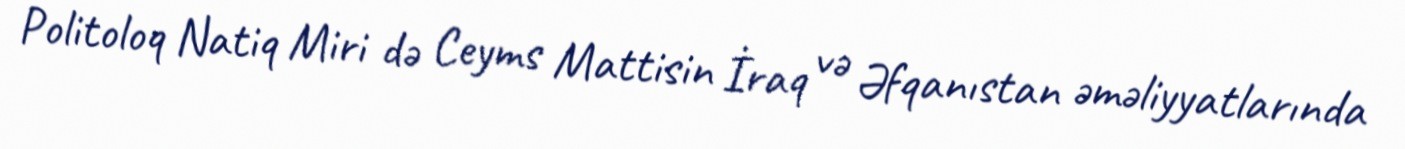
Politoloq Natiq Miri də Ceyms Mattisin İraq və Əfqanıstan əməliyyatlarında